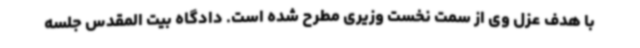
با هدف عزل وی از سمت نخست وزیری مطرح شده است. دادگاه بیت المقدس جلسه